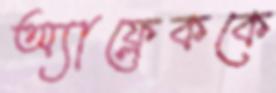
অ্যাফ্লেককে